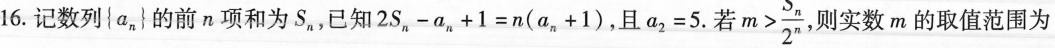
16.记数列\left \{a_{n}\right \} 的前n项和为S_{n}，已知$$2 S _ { n } - a _ { n } + 1 = n ( a _ { n } + 1 )$$，且$$a _ { 2 } = 5$$.若$$m > \frac { S _ { n } } { 2 ^ { n } }$$，则实数m的取值范围为